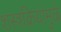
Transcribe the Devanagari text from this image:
शस्त्रक्रियांमुळे